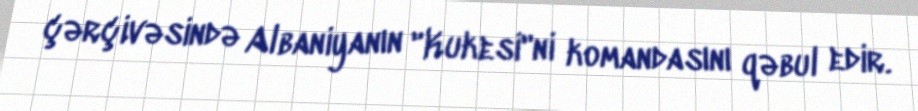
çərçivəsində Albaniyanın "Kukesi"ni komandasını qəbul edir.